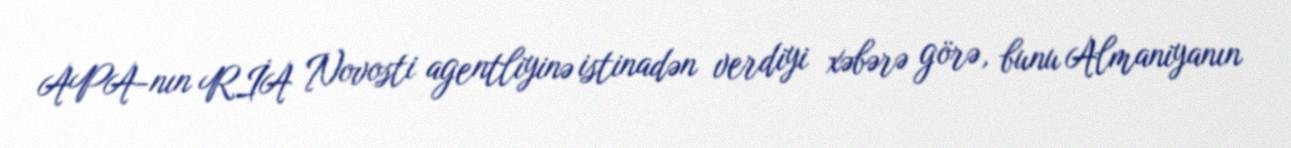
APA-nın RİA Novosti agentliyinə istinadən verdiyi xəbərə görə, bunu Almaniyanın